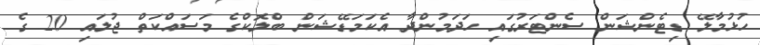
ހުޅުމާލޭ ޑިޓެންޝަން ސެންޓަރުގައި ހަދަމުންދާ އެކަމަޑޭޝަން ބްލޮކްގެ މަސައްކަތް ޖުލައި 20 ގެ